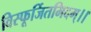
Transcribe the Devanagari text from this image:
विस्फूर्जितमिदम्।।